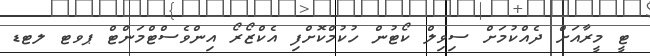
ޓީ މީރާއަށް ދެއްކުމަށް ސިވިލް ކޯޓުން ހުކުމްކޮށްފި އެކްޒޯރޯ އިންވެސްޓްމަންޓް ޕވޓ ލޓޑ